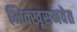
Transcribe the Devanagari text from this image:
भिक्खूसमवेत